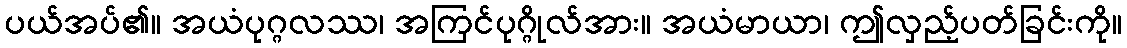
ပယ်အပ်၏။ အယံပုဂ္ဂလဿ၊ အကြင်ပုဂ္ဂိုလ်အား။ အယံမာယာ၊ ဤလှည့်ပတ်ခြင်းကို။